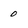
Character: 0